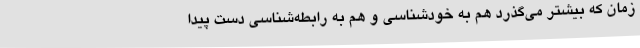
زمان که بیشتر می‌گذرد هم به خودشناسی و هم به رابطه‌شناسی دست پیدا